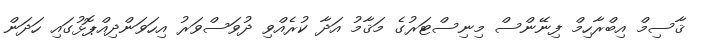
ޤާސިމް އިބްރާހިމް ފިނޭންސް މިނިސްޓަރުގެ މަޤާމު އަދާ ކުރެއްވި ދުވަސްވަރު އިހަވަންދިއްޕޮޅުގައި ހަދަން